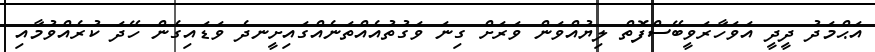
އަޙްމަދު ދީދީ އަވަހާރަވީބޭސްފޮތް ލިޔުއްވަން ވަރަށް ގިނަ ވަގުތުއެއްތަނެއްގައިށީނދެ ވަޑައިގެން ހޭދަ ކުރެއްވުމާއި